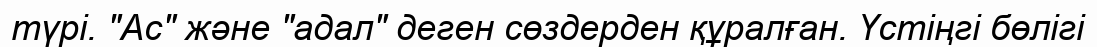
түрі. "Ас" және "адал" деген сөздерден құралған. Үстіңгі бөлігі